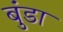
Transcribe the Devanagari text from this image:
बुंडा